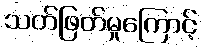
သတ်ဖြတ်မှုကြောင့်